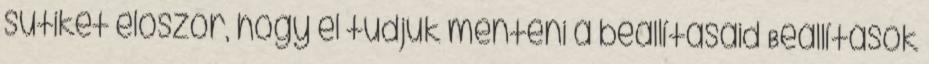
sütiket először, hogy el tudjuk menteni a beállításaid Beállítások